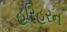
હરિહરન